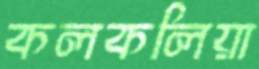
কলকলিয়া